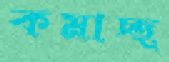
কমাচ্ছ